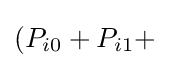
(P_{i0}+P_{i1}+